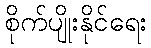
စိုက်ပျိုးနိုင်ရေး